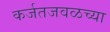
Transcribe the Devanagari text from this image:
कर्जतजवळच्या